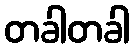
တခါတခါ